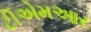
ટીએમઆર